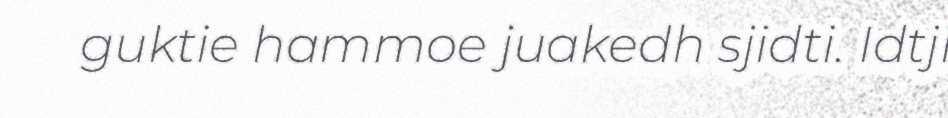
guktie hammoe juakedh sjidti. Idtji